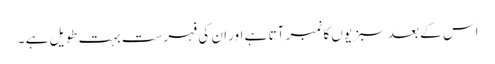
اس کے بعد سبزیوں کا نمبر آتا ہے اور ان کی فہرست بہت طویل ہے ۔